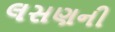
લસણની